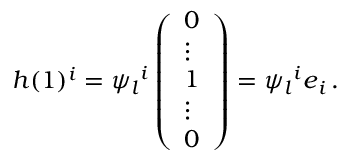
h ( 1 ) ^ { i } = { \psi _ { l } } ^ { i } \left( \begin{array} { l } { 0 } \\ { \vdots } \\ { 1 } \\ { \vdots } \\ { 0 } \end{array} \right) = { \psi _ { l } } ^ { i } \boldsymbol { e } _ { i } \, .